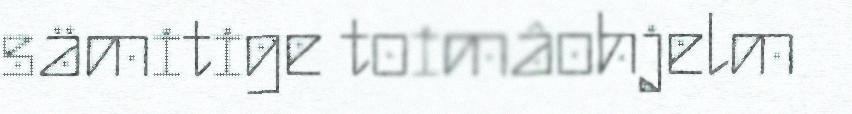
sämitige toimâohjelm